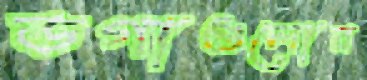
ডগাগুলোর